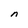
Character: n